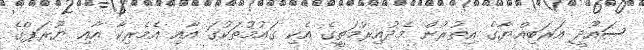
ސައޫދީ އަރަބިއްޔާގެ އިތުރުން މެދުއިރުމަތީގެ އެކި ގައުމުތަކުގަ އާއި އެމެރިކާ އާއި ޔޫރަޕްގެ